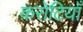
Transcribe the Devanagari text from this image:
करोटियाँ